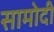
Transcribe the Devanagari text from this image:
सामोदी